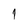
Character: 1